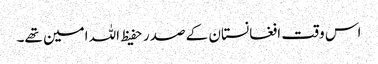
اس وقت افغانستان کے صدر حفیظ اللہ امین تھے۔